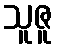
သူဇူ